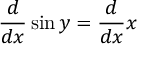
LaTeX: { \frac { d } { d x } } \sin y = { \frac { d } { d x } } x